Indian Medical Review
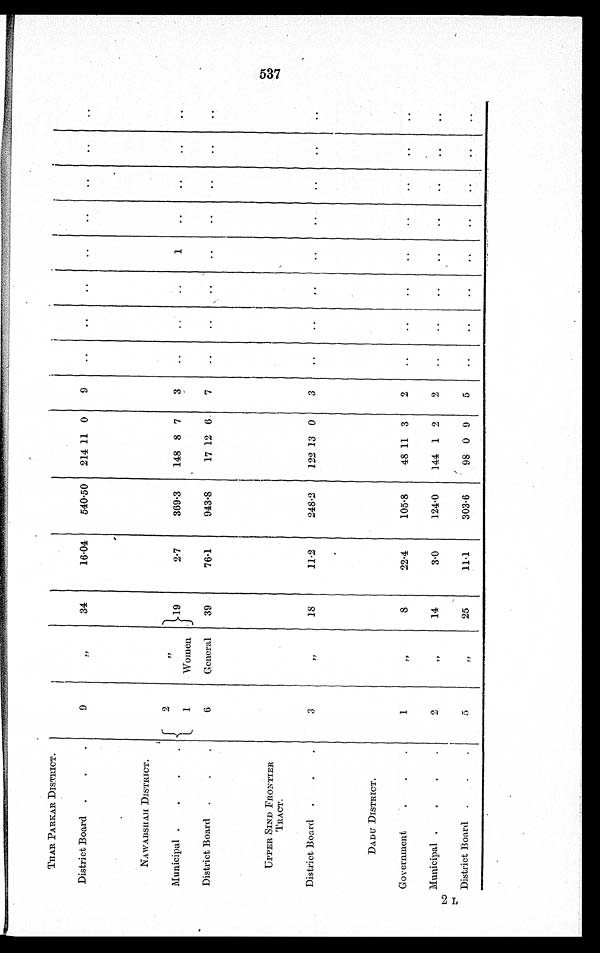
2L
THAR PARKAR DISTRICT.
9
„
34
16.04
540.50
214 11 0
9
..
..
..
..
..
..
..
. .
District Board .
.
.
NA WABSHAH I DISTRICT.
2
„
1 9
2.7
369.3
148 8 7
3
..
..
..
1
. .
. .
. .
. .
Municipal .
.
.
.
1
Women
District Board .
.
.
6
General
39
76.1
943.8
17 12 6
7
..
..
..
..
. .
. .
. .
. .
UPPER SIND FRONTIER
TRACT.
District Board .
. .
3
„
18
11.2
248.2
122 13 0
3
. .
..
. .
..
..
. .
. .
. .
DADU DISTRICT.
1
„
8
22.4
105.8
48 11 3
2
..
..
. .
..
..
. .
. .
. .
Government
. . .
Municipal . . . .
2
„
14
3.0
124.0
144 1 2
2
. .
..
..
..
. .
. .
. .
. .
District Board .
. .
5
„
25
11.1
303.6
98 0 9
5
..
..
..
..
..
. .
. .
..
537